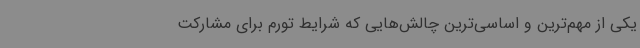
یکی از مهم‌ترین و اساسی‌ترین چالش‌هایی که شرایط تورم برای مشارکت‌